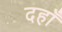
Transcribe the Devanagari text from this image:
दहाँ